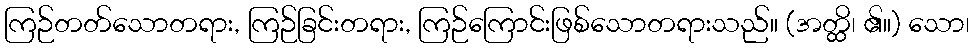
ကြဉ်တတ်သောတရား, ကြဉ်ခြင်းတရား, ကြဉ်ကြောင်းဖြစ်သောတရားသည်။ (အတ္ထိ၊ ၏။) သော၊